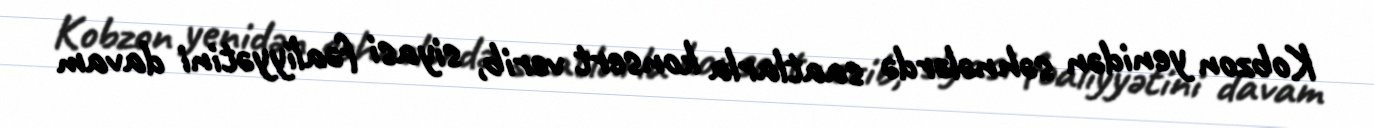
Kobzon yenidən səhnələrdə saatlarla konsert verib, siyasi fəaliyyətini davam